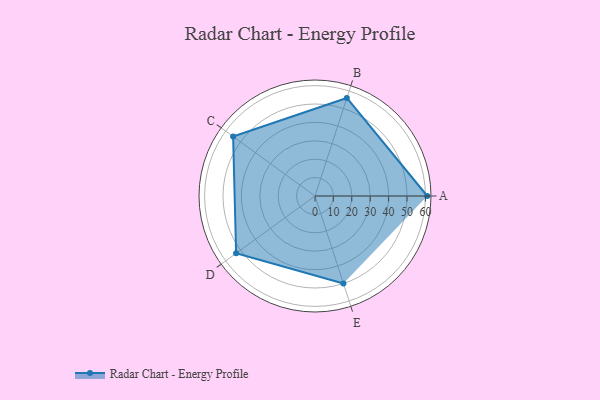
{"axis": {"x": "Skill", "y": "Score"}, "legend": ["Profile"], "data": [{"x": "A", "y": 61.0, "type": "Profile"}, {"x": "B", "y": 56.0, "type": "Profile"}, {"x": "C", "y": 55.0, "type": "Profile"}, {"x": "D", "y": 53.0, "type": "Profile"}, {"x": "E", "y": 50.0, "type": "Profile"}]}